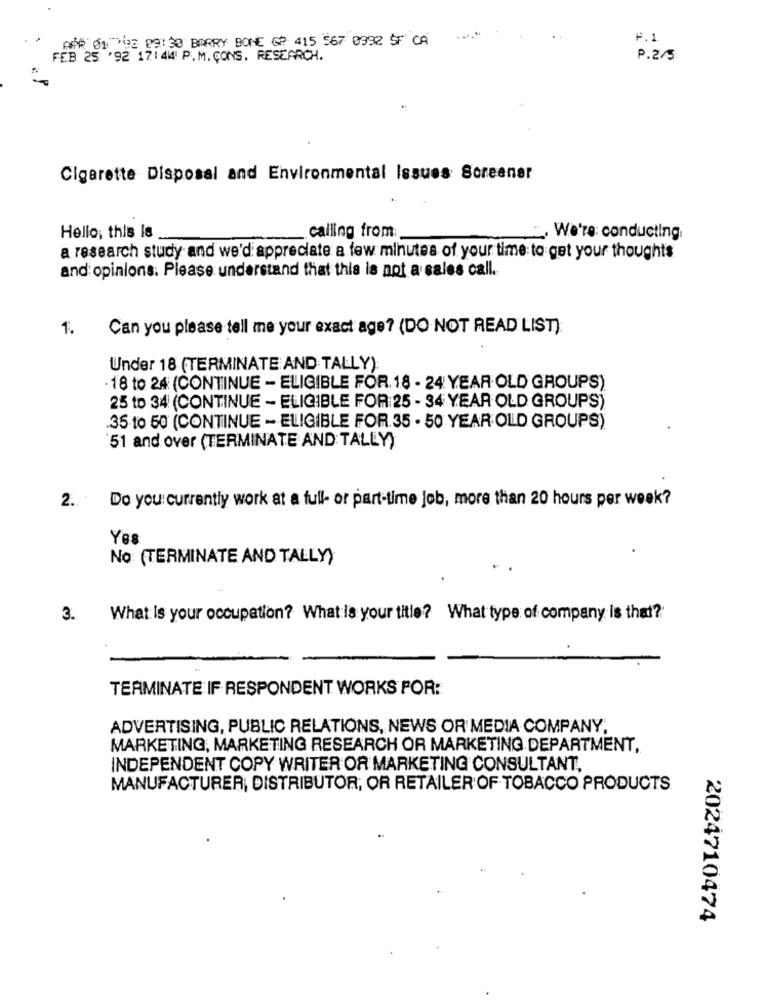
APR 01 798 89:30 BARRY BONE GP: 415 567 0992 SF CA
F.1
FEB 25 '92 17:44 P.M. CONS. RESEARCH.
P.2/5
Cigarette Disposal and Environmental Issues Screener
Hello, this is
calling from:
We're: conducting
a research study and we'd appreciate a few minutes of your time to get your thoughts
and opinions. Please understand that this is not a sales call.
1.
Can you please tell me your exact age? (DO NOT READ LIST).
Under 18 (TERMINATE AND TALLY):
·18 to 24 (CONTINUE - ELIGIBLE FOR. 18 - 24 YEAR OLD GROUPS)
25 to 34 (CONTINUE - ELIGIBLE FOR 25 - 34 YEAR OLD GROUPS)
.35 to 50 (CONTINUE - ELIGIBLE FOR.35 . 50 YEAR OLD GROUPS)
51 and over (TERMINATE AND TALLY)
2. .
Do you: currently work at a full- or part-time job, more than 20 hours per week?
Yes
No (TERMINATE AND TALLY)
3.
What Is your occupation? What is your title? What type of company is that?
TERMINATE IF RESPONDENT WORKS FOR:
ADVERTISING, PUBLIC RELATIONS, NEWS OR MEDIA COMPANY,
MARKETING, MARKETING RESEARCH OR MARKETING DEPARTMENT,
INDEPENDENT COPY WRITER OR MARKETING CONSULTANT,
MANUFACTURER, DISTRIBUTOR, OR RETAILER OF TOBACCO PRODUCTS
2024710474